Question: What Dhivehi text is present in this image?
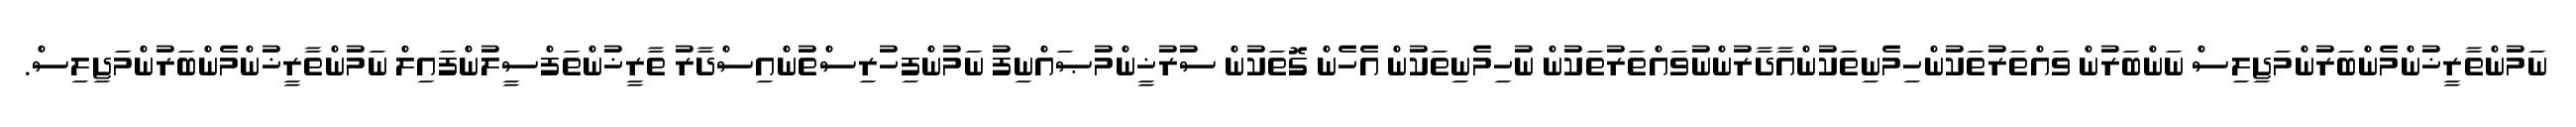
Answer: ނަމުންތާރީޚުންމެންބަރުންމަޖިލިސް ނަންބަރުން ވައްތަރުތަކުންހިމެނިތަކުންއާދާރުންނުވައްތަރުތަކުން ނުހިމެނިތަކުން އެހެން ގޮތަކުން ސުރުޚީންމުޞައްނިފު ނަމުންފިހުރިސްތުންއިސްދާރު ތާރީޚުންތަފްސީލުންފައިލް ނަމުންތާރީޚުންމެންބަރުންމަޖިލިސް.